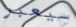
سيعبر